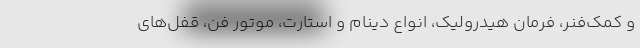
و کمک‌فنر، فرمان هیدرولیک، انواع دینام و استارت، موتور فن، قفل‌های